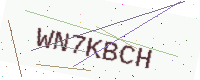
Text: WN7KBCH